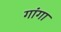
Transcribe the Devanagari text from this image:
गांगा